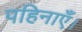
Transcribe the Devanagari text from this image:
पहिनाएँ।